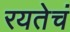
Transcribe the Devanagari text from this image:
रयतेचं